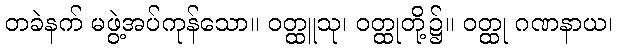
တခဲနက် မဖွဲ့အပ်ကုန်သော။ ဝတ္ထူသု၊ ဝတ္ထုတို့၌။ ဝတ္ထု ဂဏနာယ၊